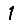
Digit: 1